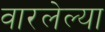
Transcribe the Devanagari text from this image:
वारलेल्या